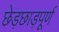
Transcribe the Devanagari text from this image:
छेड़छाड़पूर्ण